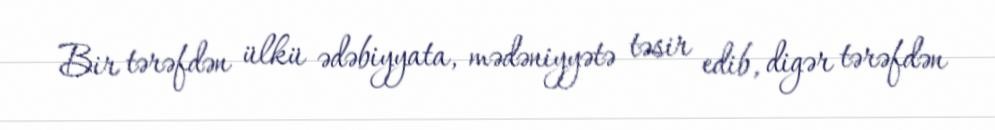
Bir tərəfdən ülkü ədəbiyyata, mədəniyyətə təsir edib, digər tərəfdən